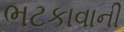
ભટકાવાની